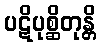
ပဋိပုစ္ဆိတုန္တိ